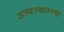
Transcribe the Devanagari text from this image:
अस्वस्थावस्था